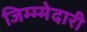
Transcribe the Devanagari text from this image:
जिम्म्मेदारी